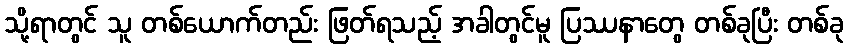
သို့ရာတွင် သူ တစ်ယောက်တည်း ဖြတ်ရသည့် အခါတွင်မူ ပြဿနာတွေ တစ်ခုပြီး တစ်ခု